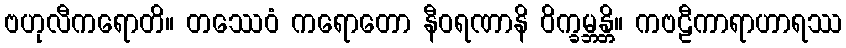
ဗဟုလီကရောတိ။ တဿေဝံ ကရောတော နီဝရဏာနိ ဝိက္ခမ္ဘန္တိ။ ကဗဠီကာရာဟာရဿ